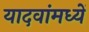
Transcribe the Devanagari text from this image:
यादवांमध्यें